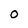
Character: 0